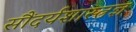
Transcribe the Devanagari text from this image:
सौंदर्यशास्त्रज्ञ